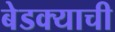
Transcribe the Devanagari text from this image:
बेडक्याची